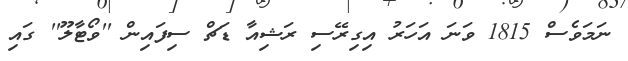
ނަމަވެސް 1815 ވަނަ އަހަރު އިގިރޭސި ރަޝިއާ ޑަޗް ސިފައިން ''ވޯޓާލޫ'' ގައި